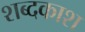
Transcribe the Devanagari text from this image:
शब्दकाश